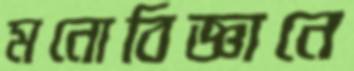
মনোবিজ্ঞানে